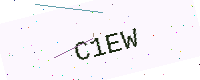
Text: C1EW